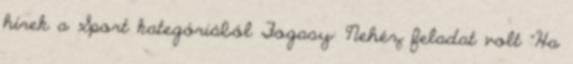
hírek a Sport kategóriából Fogasy: Nehéz feladat volt “Ha